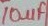
Text: 10µF